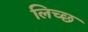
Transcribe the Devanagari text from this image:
लिच्छ